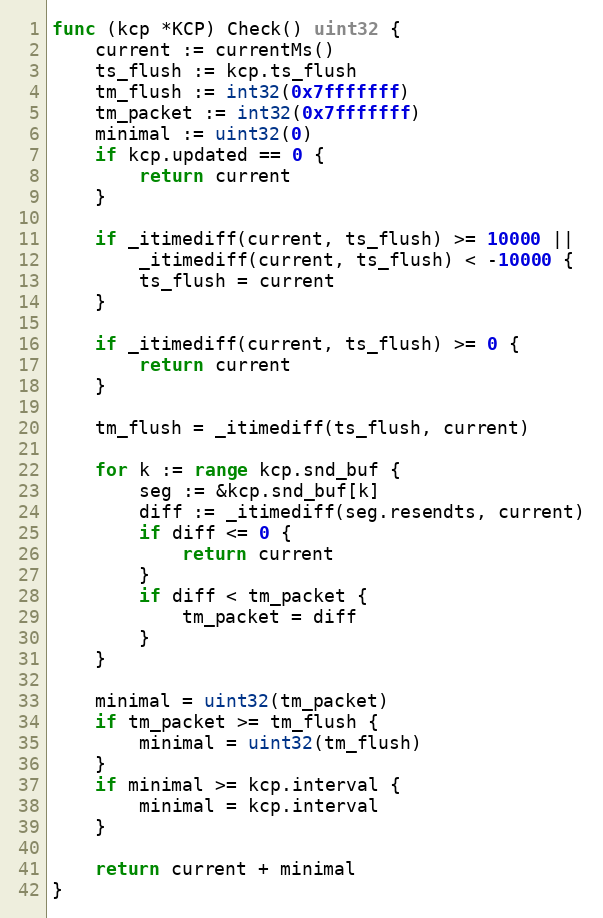
Language: Go
func (kcp *KCP) Check() uint32 {
	current := currentMs()
	ts_flush := kcp.ts_flush
	tm_flush := int32(0x7fffffff)
	tm_packet := int32(0x7fffffff)
	minimal := uint32(0)
	if kcp.updated == 0 {
		return current
	}

	if _itimediff(current, ts_flush) >= 10000 ||
		_itimediff(current, ts_flush) < -10000 {
		ts_flush = current
	}

	if _itimediff(current, ts_flush) >= 0 {
		return current
	}

	tm_flush = _itimediff(ts_flush, current)

	for k := range kcp.snd_buf {
		seg := &kcp.snd_buf[k]
		diff := _itimediff(seg.resendts, current)
		if diff <= 0 {
			return current
		}
		if diff < tm_packet {
			tm_packet = diff
		}
	}

	minimal = uint32(tm_packet)
	if tm_packet >= tm_flush {
		minimal = uint32(tm_flush)
	}
	if minimal >= kcp.interval {
		minimal = kcp.interval
	}

	return current + minimal
}